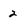
Character: 2